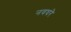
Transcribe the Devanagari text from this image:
नवघरे